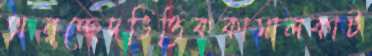
অনুচ্ছেদভিত্তিককামালকাট